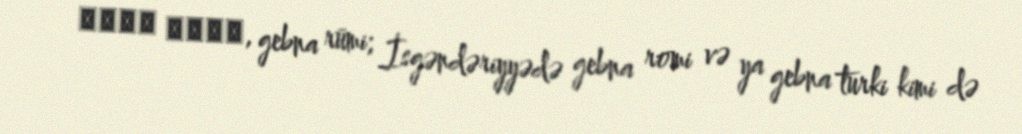
جبنه رومى, gebna rūmi; İsgəndəriyyədə gebna romi və ya gebna turki kimi də